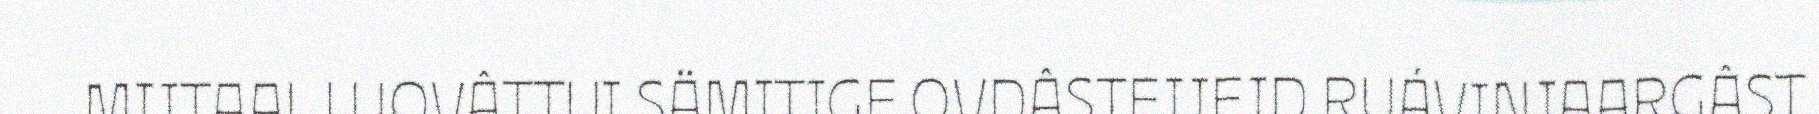
MIITAAL LUOVÂTTUI SÄMITIGE OVDÂSTEIJEID RUÁVINJAARGÂST